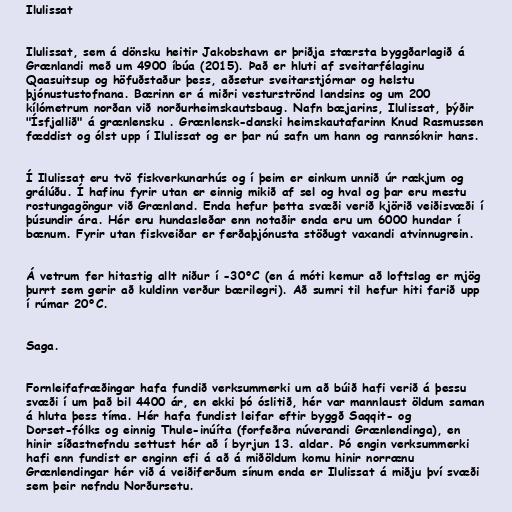
Ilulissat

Ilulissat, sem á dönsku heitir Jakobshavn er þriðja stærsta byggðarlagið á
Grænlandi með um 4900 íbúa (2015). Það er hluti af sveitarfélaginu
Qaasuitsup og höfuðstaður þess, aðsetur sveitarstjórnar og helstu
þjónustustofnana. Bærinn er á miðri vesturströnd landsins og um 200
kílómetrum norðan við norðurheimskautsbaug. Nafn bæjarins, Ilulissat, þýðir
"Ísfjallið" á grænlensku . Grænlensk-danski heimskautafarinn Knud Rasmussen
fæddist og ólst upp í Ilulissat og er þar nú safn um hann og rannsóknir hans.

Í Ilulissat eru tvö fiskverkunarhús og í þeim er einkum unnið úr rækjum og
grálúðu. Í hafinu fyrir utan er einnig mikið af sel og hval og þar eru mestu
rostungagöngur við Grænland. Enda hefur þetta svæði verið kjörið veiðisvæði í
þúsundir ára. Hér eru hundasleðar enn notaðir enda eru um 6000 hundar í
bænum. Fyrir utan fiskveiðar er ferðaþjónusta stöðugt vaxandi atvinnugrein.

Á vetrum fer hitastig allt niður í -30°C (en á móti kemur að loftslag er mjög
þurrt sem gerir að kuldinn verður bærilegri). Að sumri til hefur hiti farið upp
í rúmar 20°C.

Saga.

Fornleifafræðingar hafa fundið verksummerki um að búið hafi verið á þessu
svæði í um það bil 4400 ár, en ekki þó óslitið, hér var mannlaust öldum saman
á hluta þess tíma. Hér hafa fundist leifar eftir byggð Saqqit- og
Dorset-fólks og einnig Thule-inúíta (forfeðra núverandi Grænlendinga), en
hinir síðastnefndu settust hér að í byrjun 13. aldar. Þó engin verksummerki
hafi enn fundist er enginn efi á að á miðöldum komu hinir norrænu
Grænlendingar hér við á veiðiferðum sínum enda er Ilulissat á miðju því svæði
sem þeir nefndu Norðursetu.